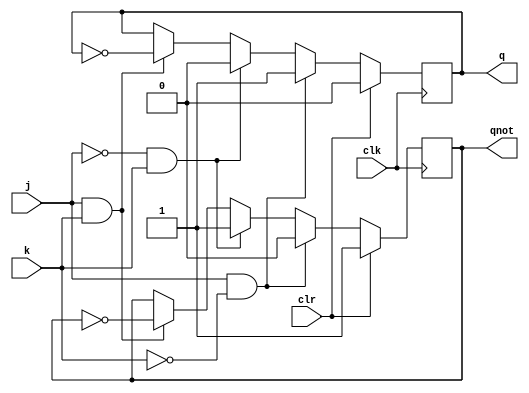
module jkff ( output q, output qnot, 
              input j, input k, input clk, input clr ); 
reg q, qnot; 

always @( posedge clk ) 
begin
 if ( clr )
  begin
  q <= 0; qnot <= 1; 
  end
 else
 if ( j & ~k ) 
  begin 
   q <= 1; qnot <= 0; 
  end 
 else 
  if ( ~j & k ) 
   begin 
    q <= 0; qnot <= 1; 
   end 
 else 
  if ( j & k )  
   begin 
    q <= ~q; qnot <= ~qnot; 
   end 
end 
endmodule